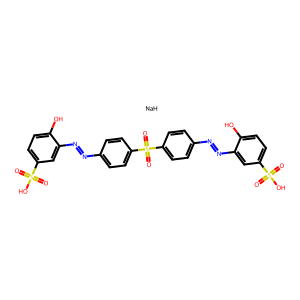
SMILES: O=S(=O)(O)c1ccc(O)c(N=Nc2ccc(S(=O)(=O)c3ccc(N=Nc4cc(S(=O)(=O)O)ccc4O)cc3)cc2)c1.[NaH]
Inhibits HIV replication: No